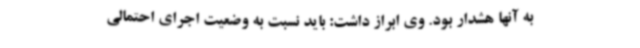
به آنها هشدار بود. وی ابراز داشت: باید نسبت به وضعیت اجرای احتمالی